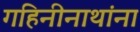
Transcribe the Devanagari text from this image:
गहिनीनाथांना